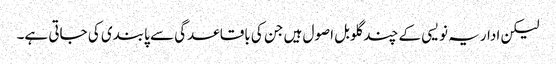
لیکن اداریہ نویسی کے چند گلوبل اصول ہیں جن کی باقاعدگی سے پابندی کی جاتی ہے۔